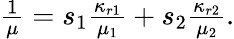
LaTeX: \begin{array}{r}{\frac{1}{\mu}=s_{1}\frac{\kappa_{r1}}{\mu_{1}}+s_{2}\frac{\kappa_{r2}}{\mu_{2}}.}\end{array}